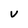
Character: V